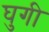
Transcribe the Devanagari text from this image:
घुगी